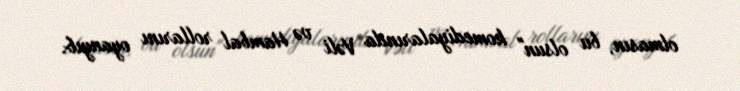
olmasın, bu olsun" komediyalarında Vəli və Hambal rollarını oyanyıb.